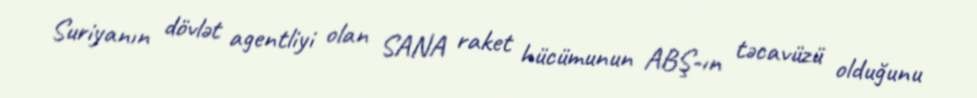
Suriyanın dövlət agentliyi olan SANA raket hücümunun ABŞ-ın təcavüzü olduğunu